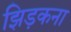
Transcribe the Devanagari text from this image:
झिड़कना